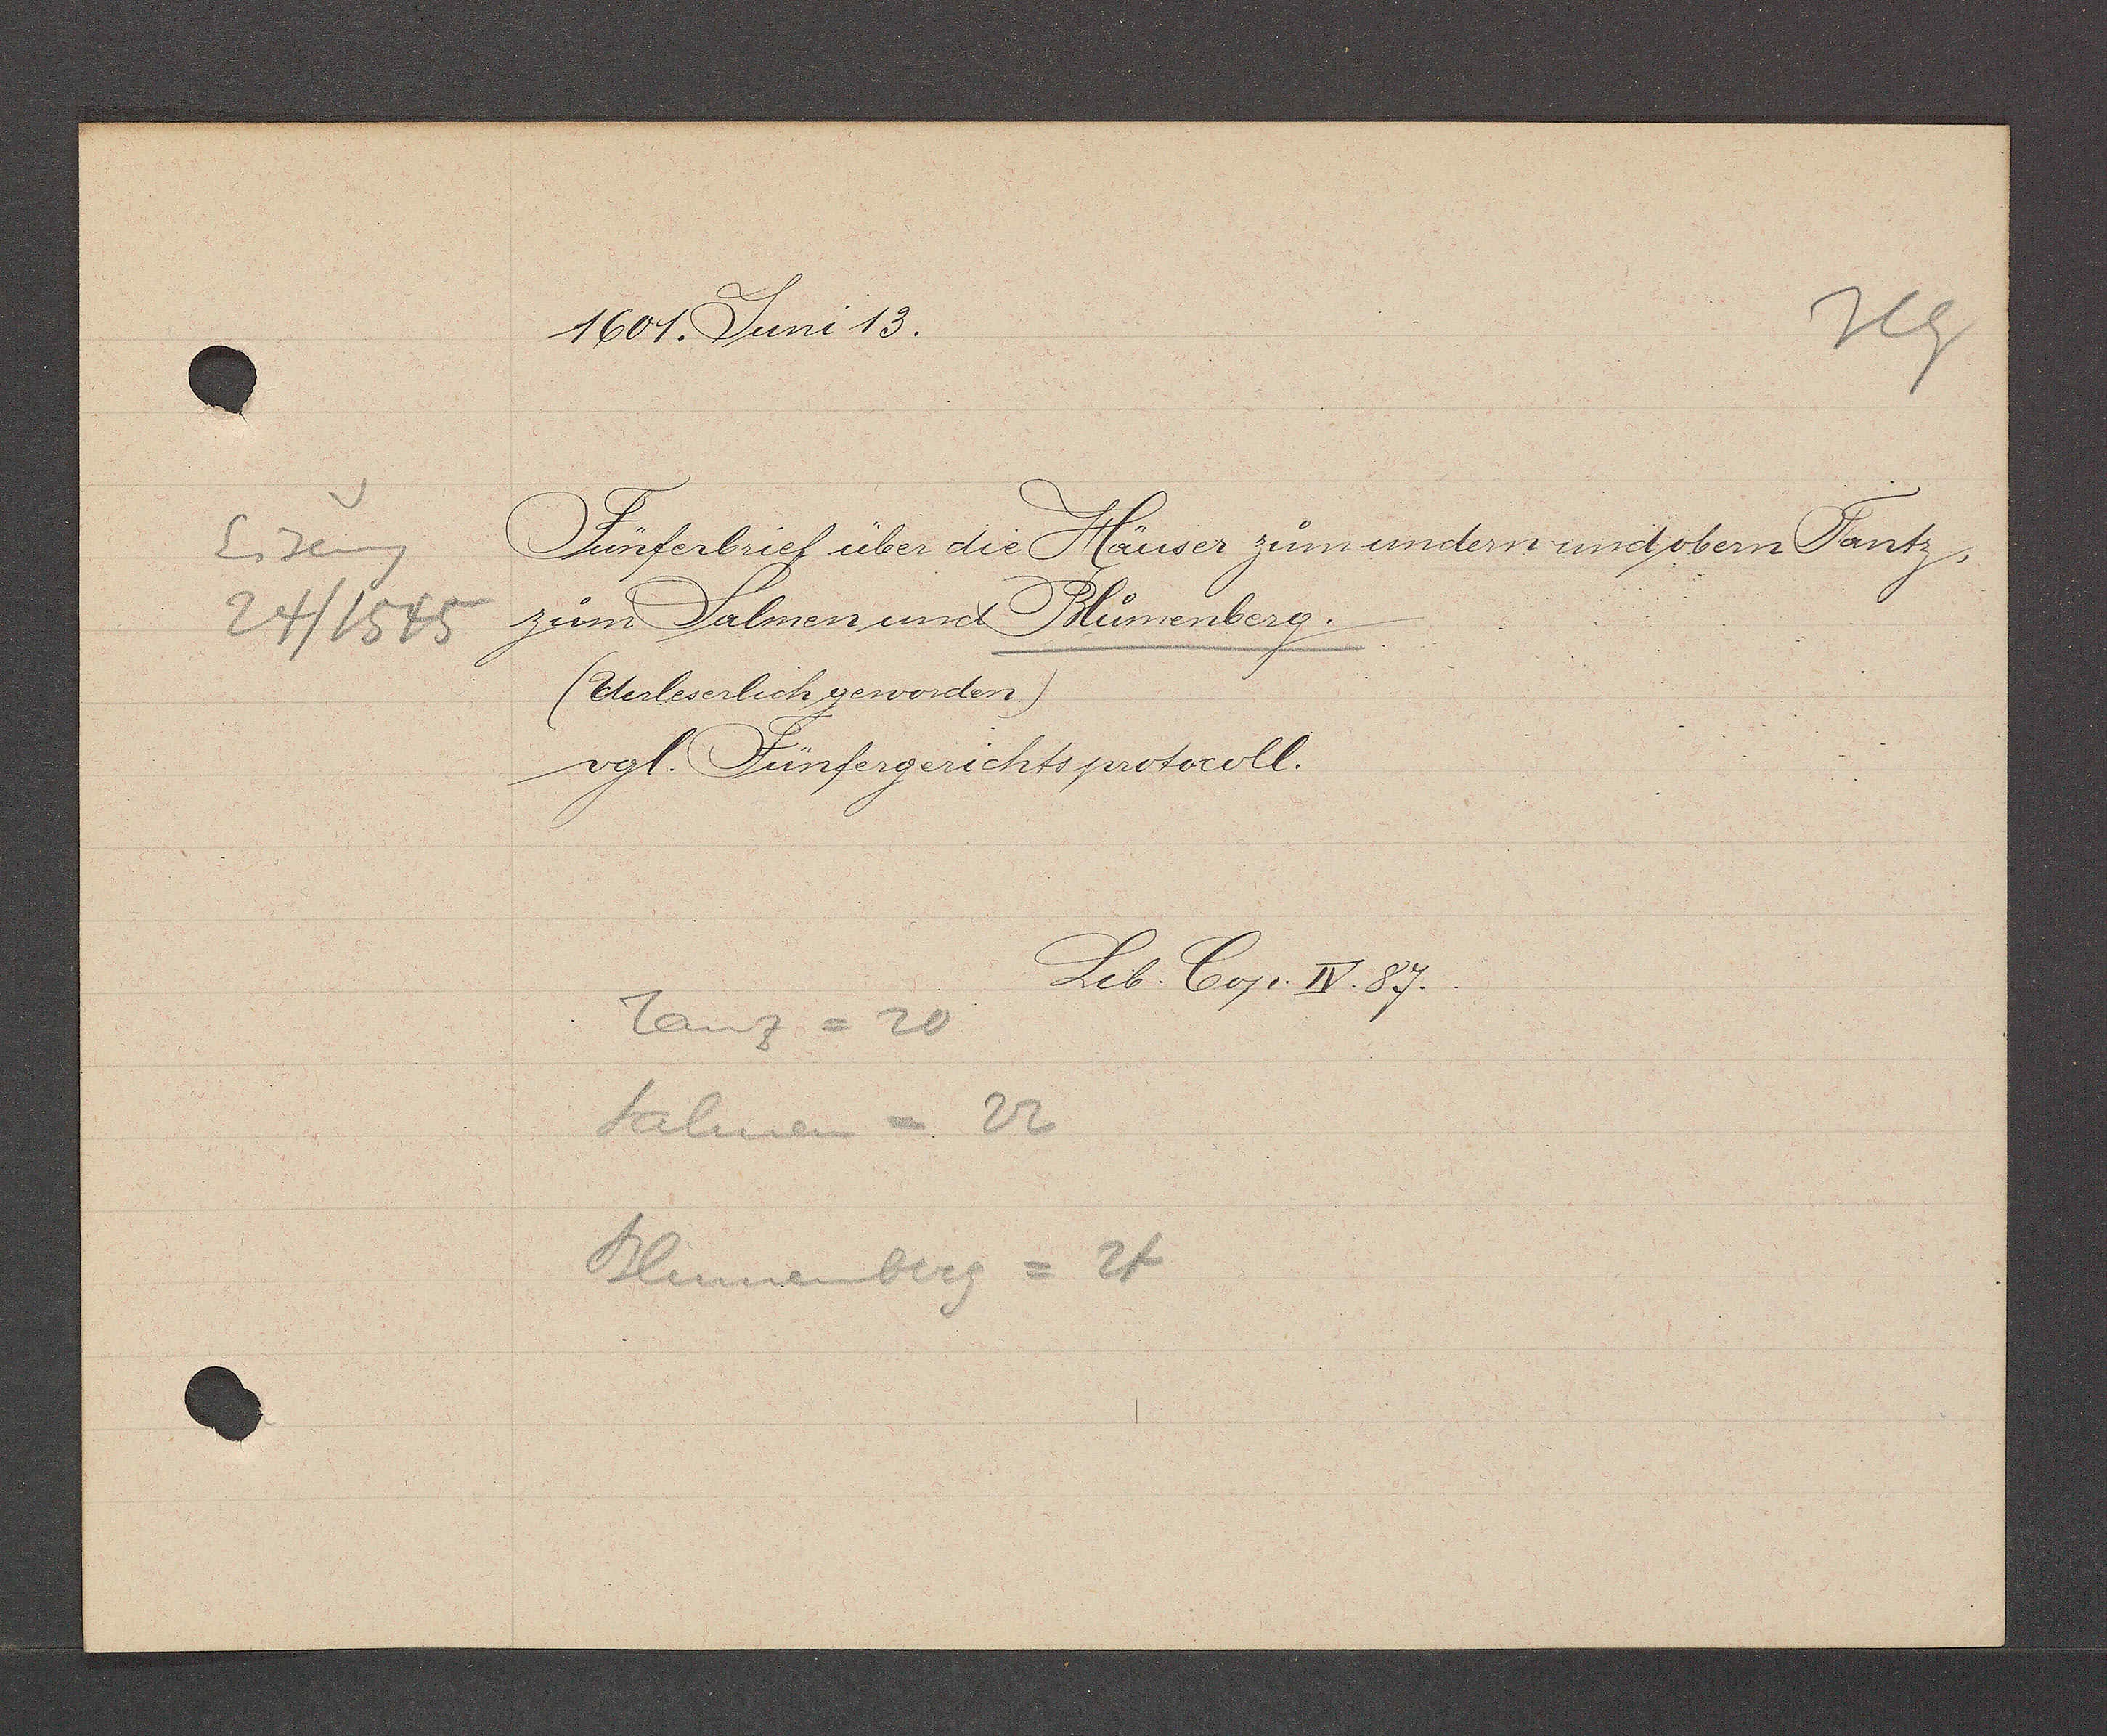
Transcript:
Eiseng
24/1545

1601. Juni 13.
Fünferbrief über die Häuser zum undern und obern Tantz,
zum Salmen und Bluomenberg.
(Unleserlich geworden.)
vgl. Fünfergerichtsprotokoll.
Lib Cop. IV. 87.
Tanz= 20
Salmen = 22
Blumenberg = 24